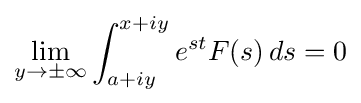
\lim _{y\to \pm \infty }\int _{a+iy}^{x+iy}e^{st}F(s)\,ds=0